Civil Veterinary Dept. Bombay admin report 1893-99 - 1893-1899
Year: 1893
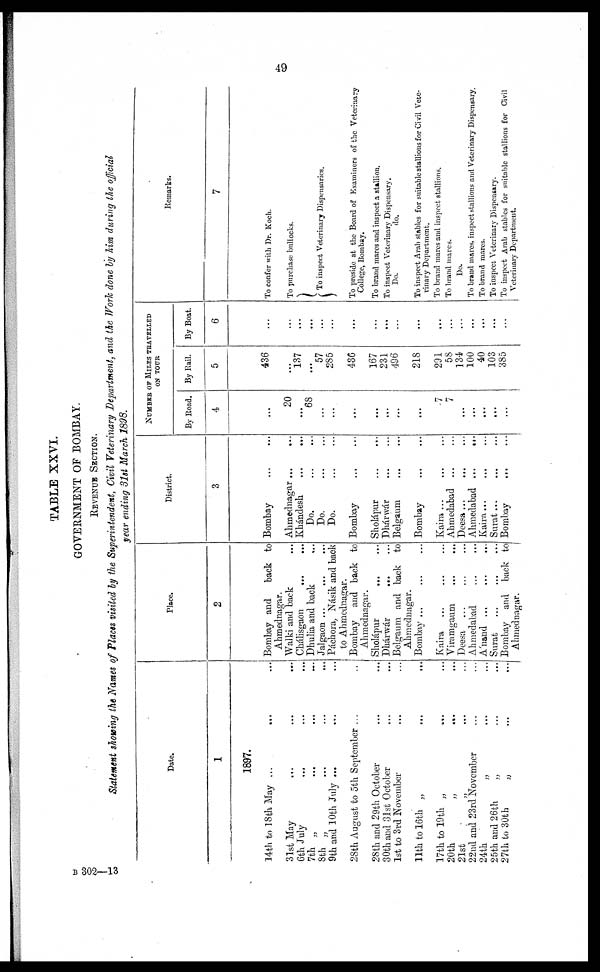
49
TABLE XXVI.
GOVERNMENT OF BOMBAY.
REVENUE SECTION.
Statement showing the Names of Places visited by the Superintendent, Civil Veterinary Department, and the Work done by him during the official
year ending 31st March 1898.
Date.
1
1897.
14th to 18th May … … …
31st May……
6th July … … …
7th „ … … …
8th „ … … …
9th and 10th July … … …
28th August to 5th September ... …
28th and 29th October … …
30th and 31st October … …
1st to 3rd November … …
11th to 16th „ … …
17th to 19th „ … …
20th „ … …
21st „ … …
22nd and 23rd November … …
24th „ … …
25th and 26th „ … …
27th to 30th
„ … …
Place.
2
Bombay and back to
Ahmednagar.
Walki and back …
Ckáisgaon … …
Dhulia and back …
Jalgaon … … …
Páchora, Násik and back
to Ahmednagar.
Bombay and back to
Ahmednagar.
Sholápur … …
Dhárwár
... …
Belgaum and back to
Ahmednagar.
Bombay ... … …
Kaira … … …
Viramgaum … …
Deesa … … …
Ahmedabad … …
A'nand ... … …
Surat … … …
Bombay and back to
Ahmednagar.
District.
3
Bombay … …
Ahmednagar … …
Khándesk … …
Do … …
Do … …
Do … …
Bombay … …
Sholápur … …
Dhárwár … …
Belgaum … …
Bombay … …
Kaira ... … …
Ahmedabad ... …
Deesa ... … …
Ahmedabad ... …
Kaira... … …
Surat... … …
Bombay … …
NUMBER OF MILES TRACWLLED
ON TOUR
By Road.
4
...
20
...
68
…
…
...
...
...
…
…
...
7
7
…
…
…
…
…
By Rail.
5
436
...
137
...
57
285
436
167
231
496
218
291
58
134
100
40
103
385
By Boat.
6
...
...
...
...
…
...
...
…
...
…
…
...
...
...
…
…
...
...
…
REMARKS.
7
To confer with Dr. Koch.
To purchase bullocks.
To inspect Veterinary Dispensaries.
To preside at the Board of Examiners of the Veterinary
College, Bombay.
To brand marcs and inspect a stallion.
To inspect Veterinary Dispensary.
Do.
do.
To inspect Arab stables for suitable stallions for Civil Vete-
rinary Department.
To brand mares and inspect stallions.
To brand marcs.
Do.
To brand mares, inspect stallions and Veterinary Dispensary.
To brand mares.
To inspect Veterinary Dispensary.
To inspect Arab stables for suitable stallions for Civil
Veterinary Department.
B 302—13